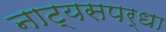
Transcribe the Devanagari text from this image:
नाट्यसपर्धा